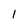
Character: 1